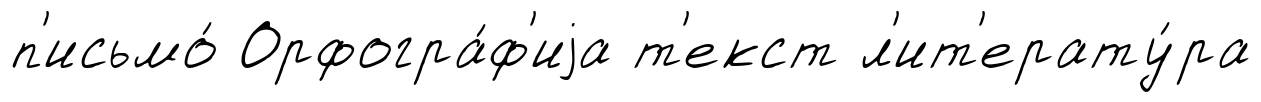
п'исьмо́ Орфогра́ф'иjа т'екст л'ит'ерату́ра